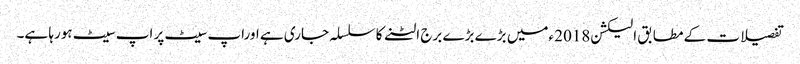
تفصیلات کے مطابق الیکشن2018 ءمیں بڑے بڑے برج الٹنے کا سلسلہ جاری ہے اوراپ سیٹ پر اپ سیٹ ہورہا ہے۔